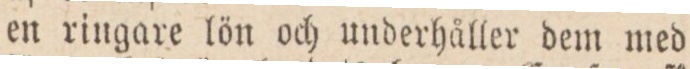
en ringare lön och underhåller dem med